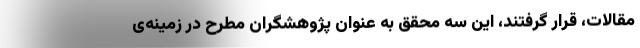
مقالات، قرار گرفتند، این سه محقق به عنوان پژوهشگران مطرح در زمینه‌ی